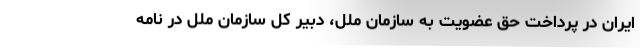
ایران در پرداخت حق عضویت به سازمان ملل، دبیر کل سازمان ملل در نامه